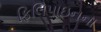
ફિલિપાઇનના